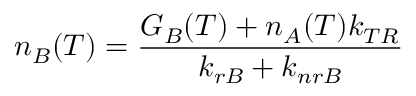
n _ { B } ( T ) = \frac { G _ { B } ( T ) + n _ { A } ( T ) k _ { T R } } { k _ { r B } + k _ { n r B } }